Annual vaccination report of Bihar and Orissa - 1911-1928
Year: 1911
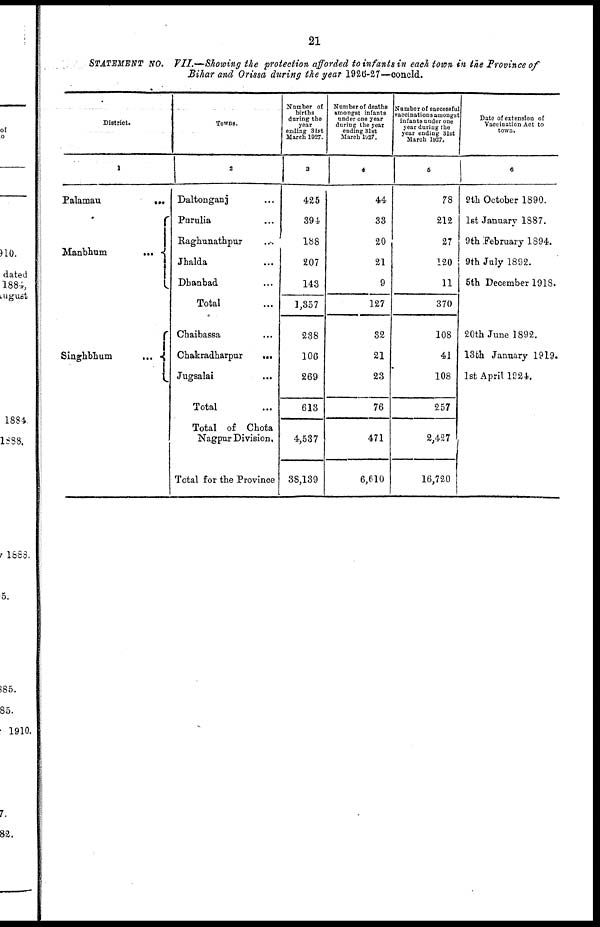
21
STATEMENT No. VII.—Showing the protection afforded to infants in each town in the Province of
Bihar and Orissa during the year 1926-27—concld.
District.
1
Palamau ...
Manbhum
...
Singhbhum
...
Towns.
2
Daltonganj ...
Purulia ...
Raghunathpur
...
Jhalda ...
Dhanbad ...
Total ...
Chaibassa ...
Chakradharpur ...
Jugsalai
...
Total ...
Total of Chota
Nagpur Division.
Total for the Province
Number of
births
during the
year
ending 31st
March 1927.
3
425
394
188
207
143
1,357
238
106
269
613
4,537
38,139
Number of deaths
amongst infants
under one year
during the year
ending 31st
March 1927.
4
44
33
20
21
9
127
32
21
23
76
471
6,610
Number of successful
vaccinations amongst
infants under one
year during the
year ending 31st
March 1927.
5
78
212
27
120
11
370
108
41
108
257
2,427
16,720
Date of extension of
Vaccination Act to
town.
6
9th October 1890.
1st January 1887.
9th February 1894.
9th July 1892.
5th December 1918.
20th June 1892.
13th January 1919.
1st April 1924.